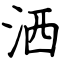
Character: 洒